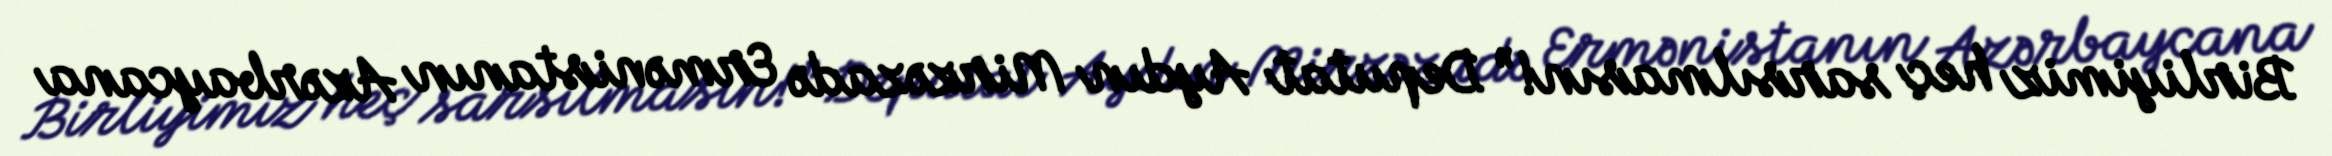
Birliyimiz heç sarsılmasın!” Deputat Aydın Mirzəzadə Ermənistanın Azərbaycana